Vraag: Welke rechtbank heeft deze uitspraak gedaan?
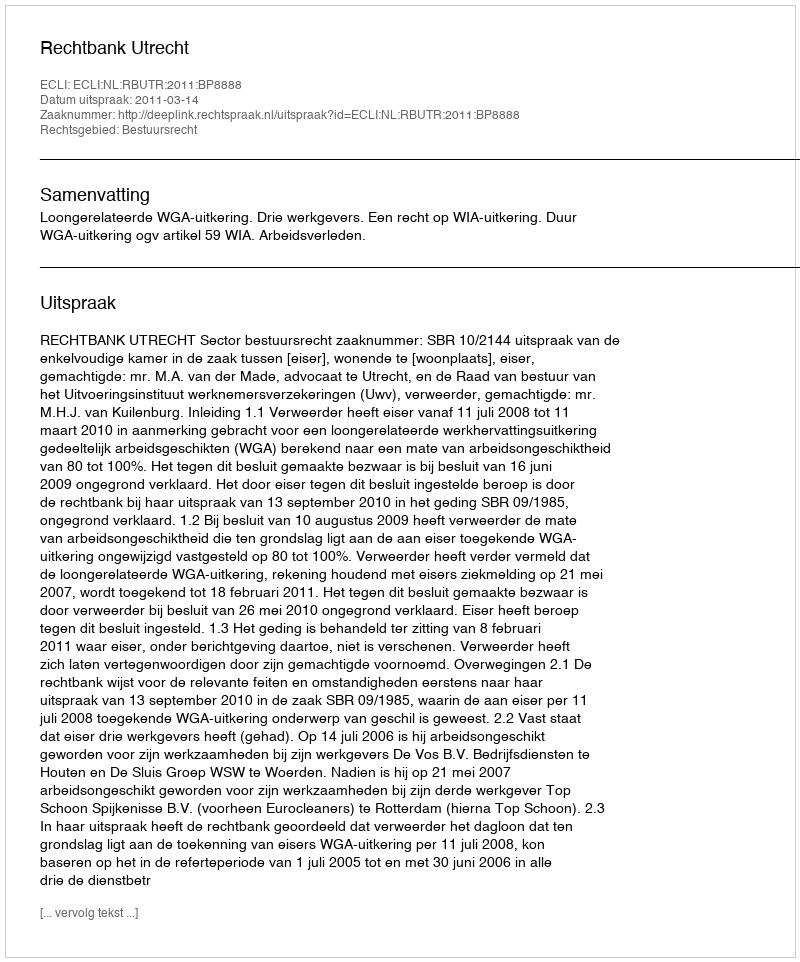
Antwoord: Rechtbank Utrecht